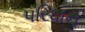
પરિધાનૢ